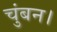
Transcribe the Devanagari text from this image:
चुंबन।